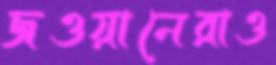
জওয়ানেরাও